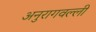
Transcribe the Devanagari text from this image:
अनुरागवल्ली